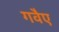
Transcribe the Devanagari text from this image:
गवैए